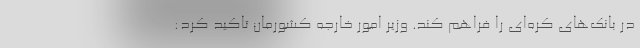
در بانک‌های کره‌ای را فراهم کند. وزیر امور خارجه کشورمان تاکید کرد: